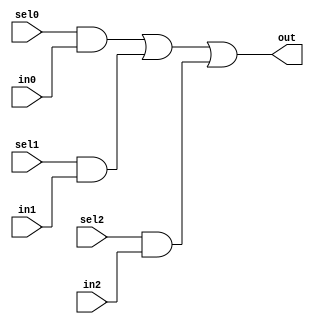
// This program was cloned from: https://github.com/aolofsson/oh
// License: MIT License

//#############################################################################
//# Function: 3:1 one hot mux                                                 #
//#############################################################################
//# Author:   Andreas Olofsson                                                #
//# License:  MIT (see LICENSE file in OH! repository)                        #
//#############################################################################

module oh_mux3 #(parameter N = 1 ) // width of mux
   (
    input 	    sel2,
    input 	    sel1,
    input 	    sel0,
    input [N-1:0]  in2,
    input [N-1:0]  in1,
    input [N-1:0]  in0,
    output [N-1:0] out  //selected data output
    );

   assign out[N-1:0] = ({(N){sel0}} & in0[N-1:0] |
			 {(N){sel1}} & in1[N-1:0] |
			 {(N){sel2}} & in2[N-1:0]);

endmodule // oh_mux3